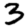
Digit: 3